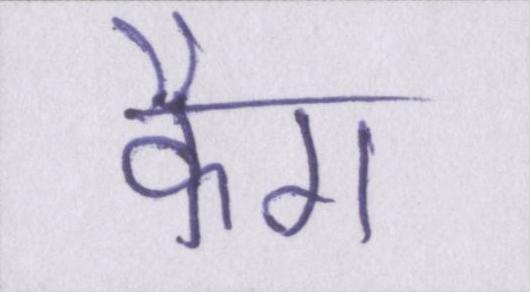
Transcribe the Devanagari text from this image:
कैग